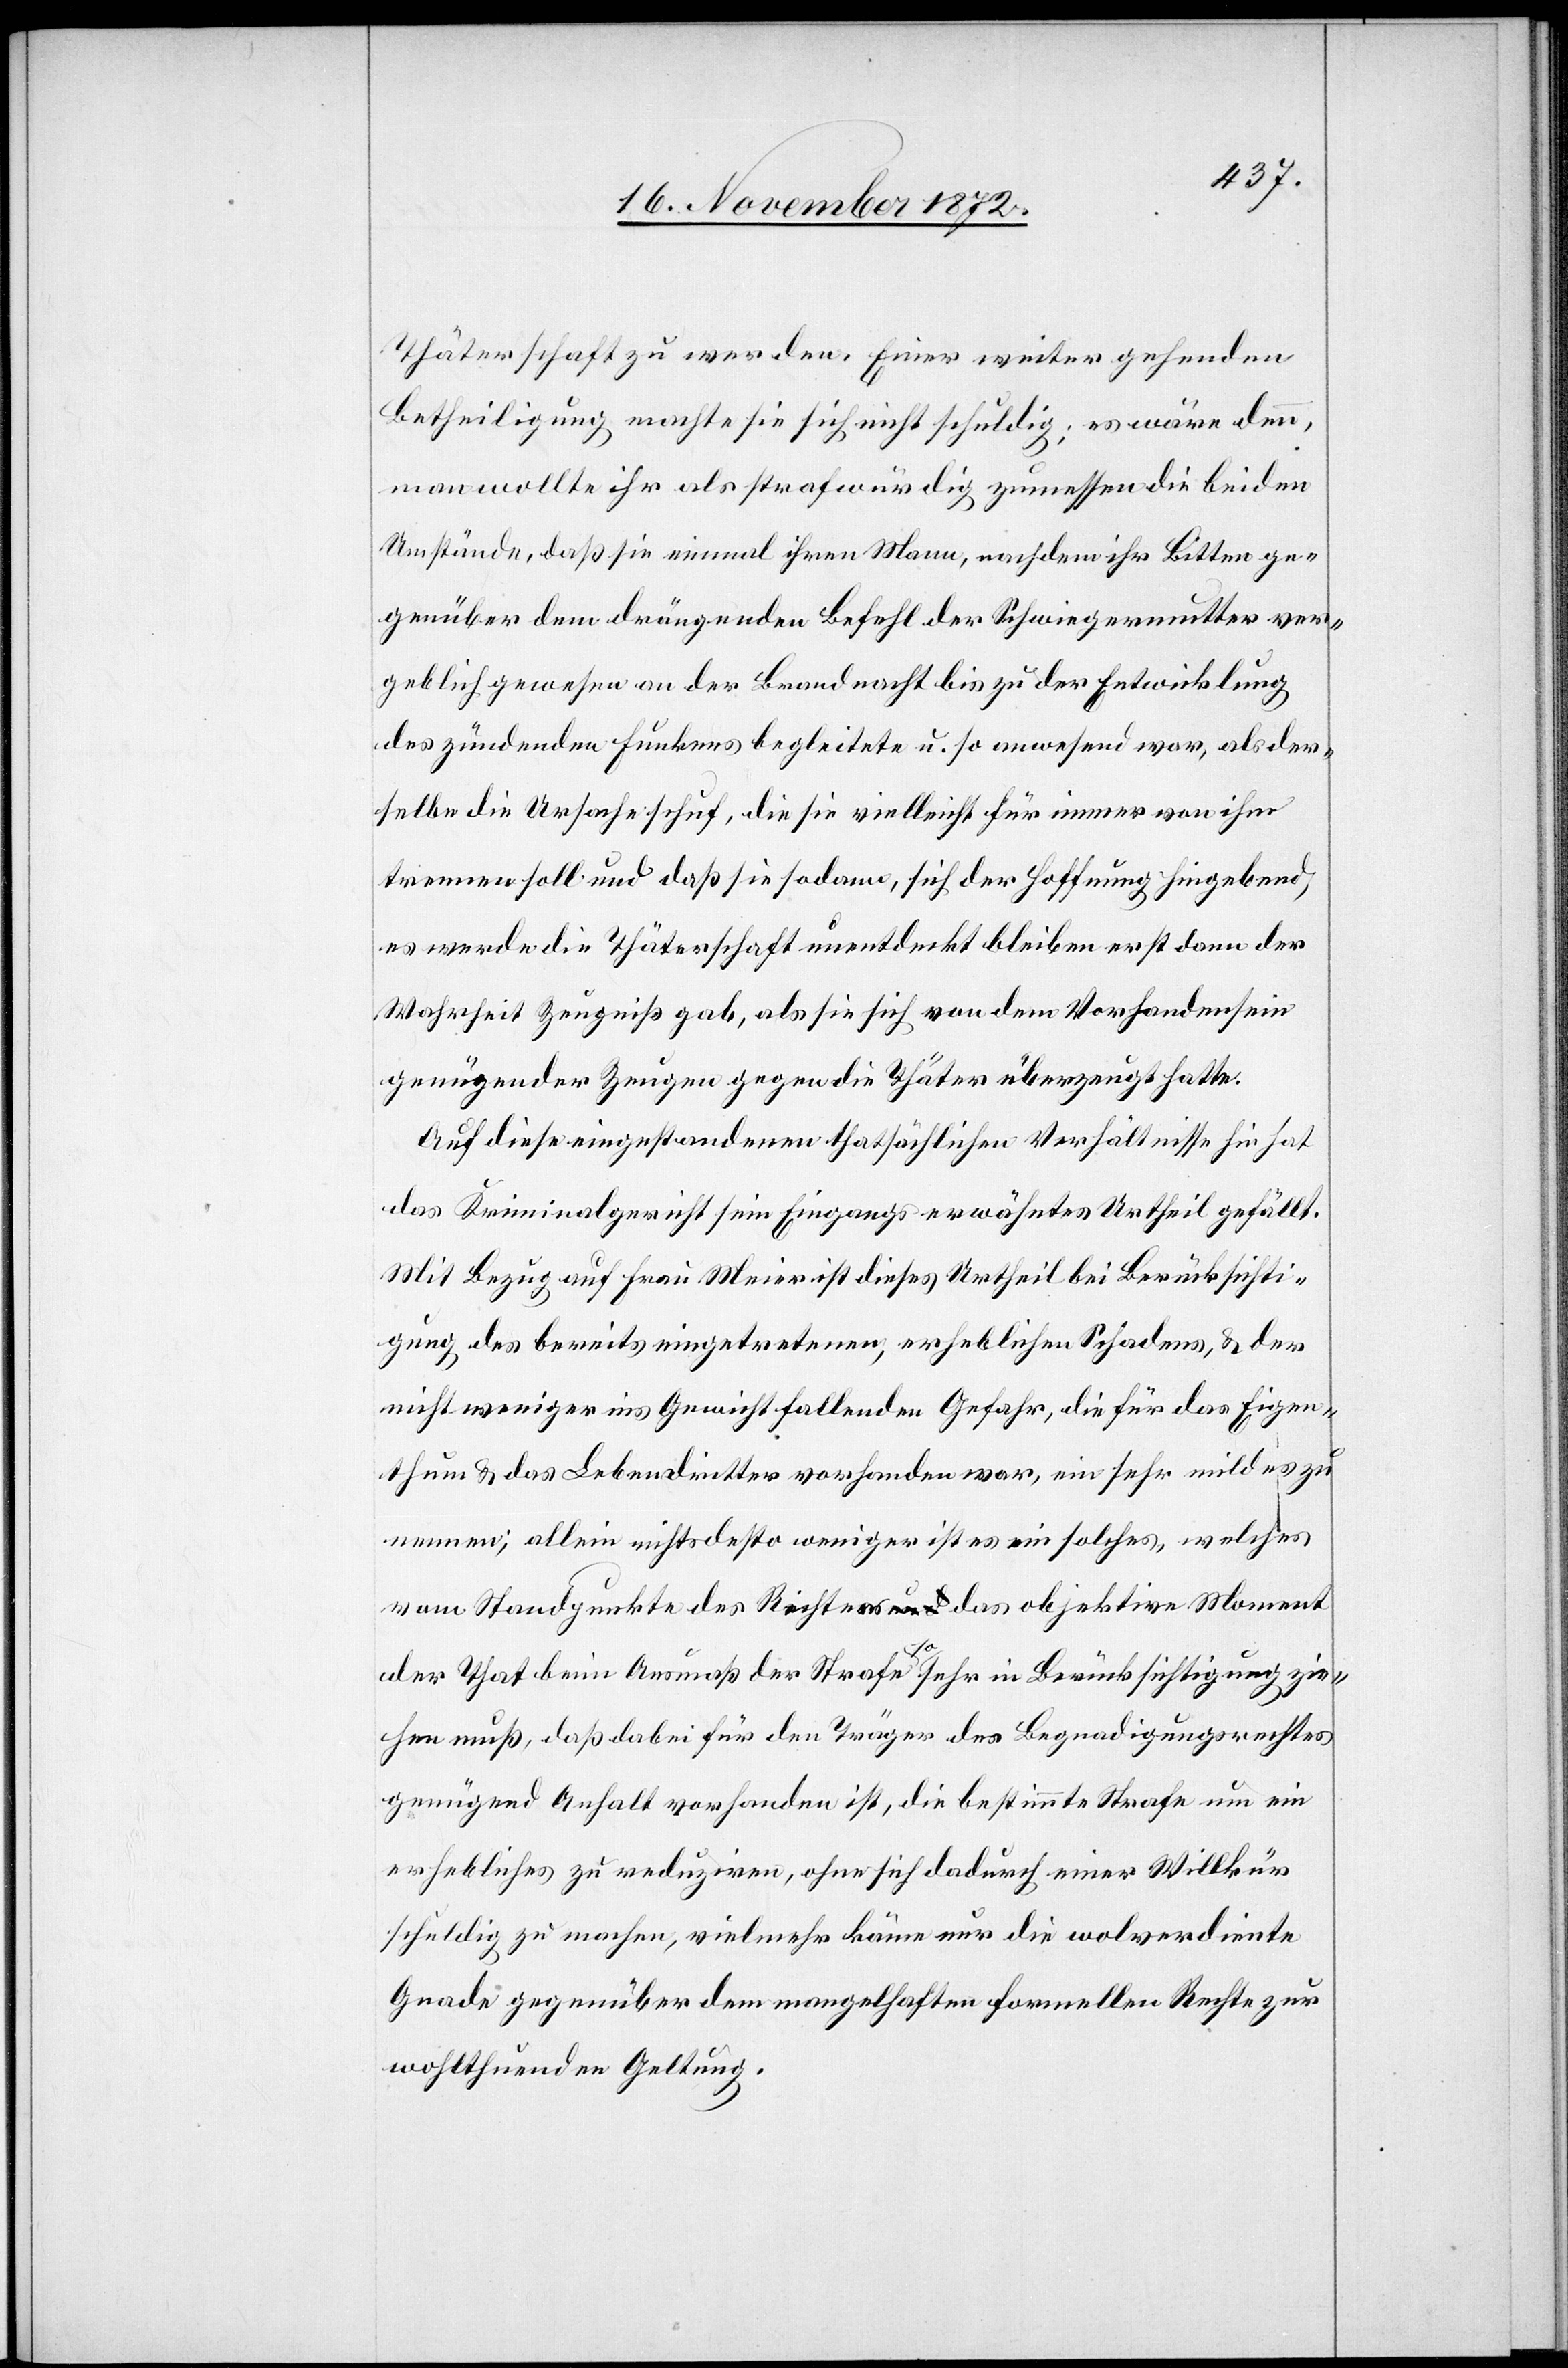
Thäterschaft zu werden. Einer weiter gehenden
Betheiligung machte sie sich nicht schuldig; es wäre denn,
man wollte ihr als strafwürdig zumessen die beiden
Umstände, daß sie einmal ihren Mann, nachdem ihr Bitten ge¬
genüber dem drängenden Befehl der Schwiegermutter ver¬
geblich gewesen an der Brandnacht bis zu der Entwicklung
des zündenden Funkens begleitete u. so anwesend war, als der¬
selbe die Ursache schuf, die sie vielleicht für immer von ihm
trennen soll und daß sie sodann, sich der Hoffnung hingebend,
es werde die Thäterschaft unentdeckt bleiben erst dann der
Wahrheit Zeugniß gab, als sie sich von dem Vorhandensein
genügender Zeugen gegen die Thäter überzeugt hatte.
Auf diese eingestandenen thatsächlichen Verhältnisse hin hat
das Kriminalgericht sein Eingangs erwähntes Urtheil gefällt.
Mit Bezug auf Frau Meier ist dieses Urtheil bei Berücksichti¬
gung des bereits eingetretenen, erheblichen Schadens, u. der
nicht weniger ins Gewicht fallenden Gefahr, die für das Eigen¬
thum u. das Leben dritter vorhanden war, ein sehr mildes zu
nennen; allein nichtsdesto weniger ist es ein solches, welches
vom Standpunkte des Richters das objektive Moment
der That beim Ausmaß der Strafe so sehr in Berücksichtigung zie¬
hen muß, daß dabei für den Träger des Begnadigungsrechtes
genügend Anhalt vorhanden ist, die bestimmte Strafe um ein
erhebliches zu reduziren, ohne sich dadurch einer Willkür
schuldig zu machen, vielmehr käme nur die wolverdiente
Gnade gegenüber dem mangelhaften formellen Rechte zur
wohlthuenden Geltung.